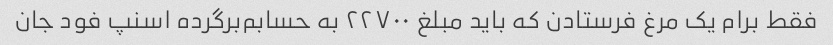
فقط برام یک مرغ فرستادن که باید مبلغ ۲۲۷۰۰ به حسابم‌برگرده اسنپ فود جان